Vaccination United Provinces of Agra and Oudh 1923-1928 - 1923-1928
Year: 1923
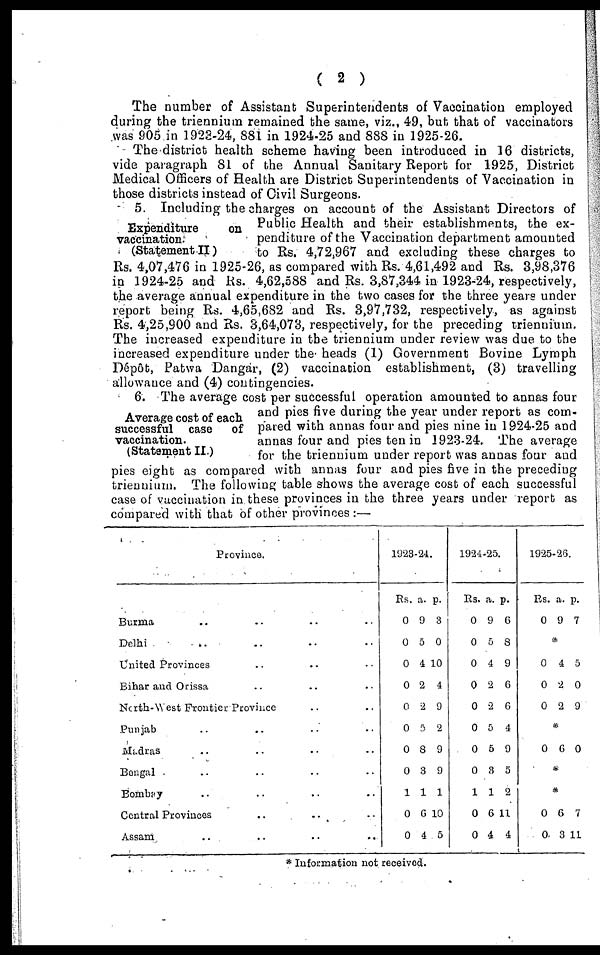
( 2 )
The number of Assistant Superintendents of Vaccination employed
during the triennium remained the same, viz., 49, but that of vaccinators
was 905 in 1923-24, 881 in 1924-25 and 888 in 1925-26.
The district health scheme having been introduced in 16 districts,
vide paragraph 81 of the Annual Sanitary Report for 1925, District
Medical Officers of Health are District Superintendents of Vaccination in
those districts instead of Civil Surgeons.
Expenditure
on
vaccination:
(Statement II)
5. Including the charges on account of the Assistant Directors of
Public Health and their establishments, the ex-
penditure of the Vaccination department amounted
to Rs. 4,72,967 and excluding these charges to
Rs. 4,07,476 in 1925-26, as compared with Rs. 4,61,492 and Rs. 3,98,376
in 1924-25 and Rs. 4,62,588 and Rs. 3,87,344 in 1923-24, respectively,
the average annual expenditure in the two cases for the three years under
report being Rs. 4,65,682 and Rs. 3,97,732, respectively, as against
Rs. 4,25,900 and Rs. 3,64,073, respectively, for the preceding triennium.
The increased expenditure in the triennium under review was due to the
increased expenditure under the heads (1) Government Bovine Lymph
Dépôt, Patwa Dangar, (2) vaccination establishment, (3) travelling
allowance and (4) contingencies.
Average cost of each
successful case of
vaccination.
(Statement II.)
6. The average cost per successful operation amounted to annas four
and pies five during the year under report as com-
pared with annas four and pies nine in 1924-25 and
annas four and pies ten in 1923-24. The average
for the triennium under report was annas four and
pies eight as compared with annas four and pies five in the preceding
triennium. The following table shows the average cost of each successful
case of vaccination in these provinces in the three years under report as
compared with that of other provinces :—
Province.
Burma .. .. .. ..
Delhi
.. .. .. ..
United Provinces .. .. ..
Bihar and Orissa .. .. ..
North-West Frontier Province .. ..
Punjab .. .. .. ..
Madras .. .. .. ..
Bengal .. .. .. ..
Bombay .. .. .. ..
Central Provinces
..
.. ..
Assam
.. .. .. ..
1923-24.
Rs.
0
0
0
0
0
0
0
0
1
0
0
a.
9
5
4
2
2
5
8
3
1
6
4
p.
3
0
10
4
9
2
9
9
1
10
5
1924-25.
Rs
0
0
0
0
0
0
0
0
1
0
0
a.
9
5
4
2
2
5
5
3
1
6
4
p.
6
8
9
6
6
4
9
5
2
11
4
1925-26.
Rs.
0
a.
9
p.
7
*
0
0
0
4
2
2
5
0
9
*
0 6 0
*
*
0
0
6
3
7
11
* Information not received.